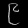
Digit: ၉